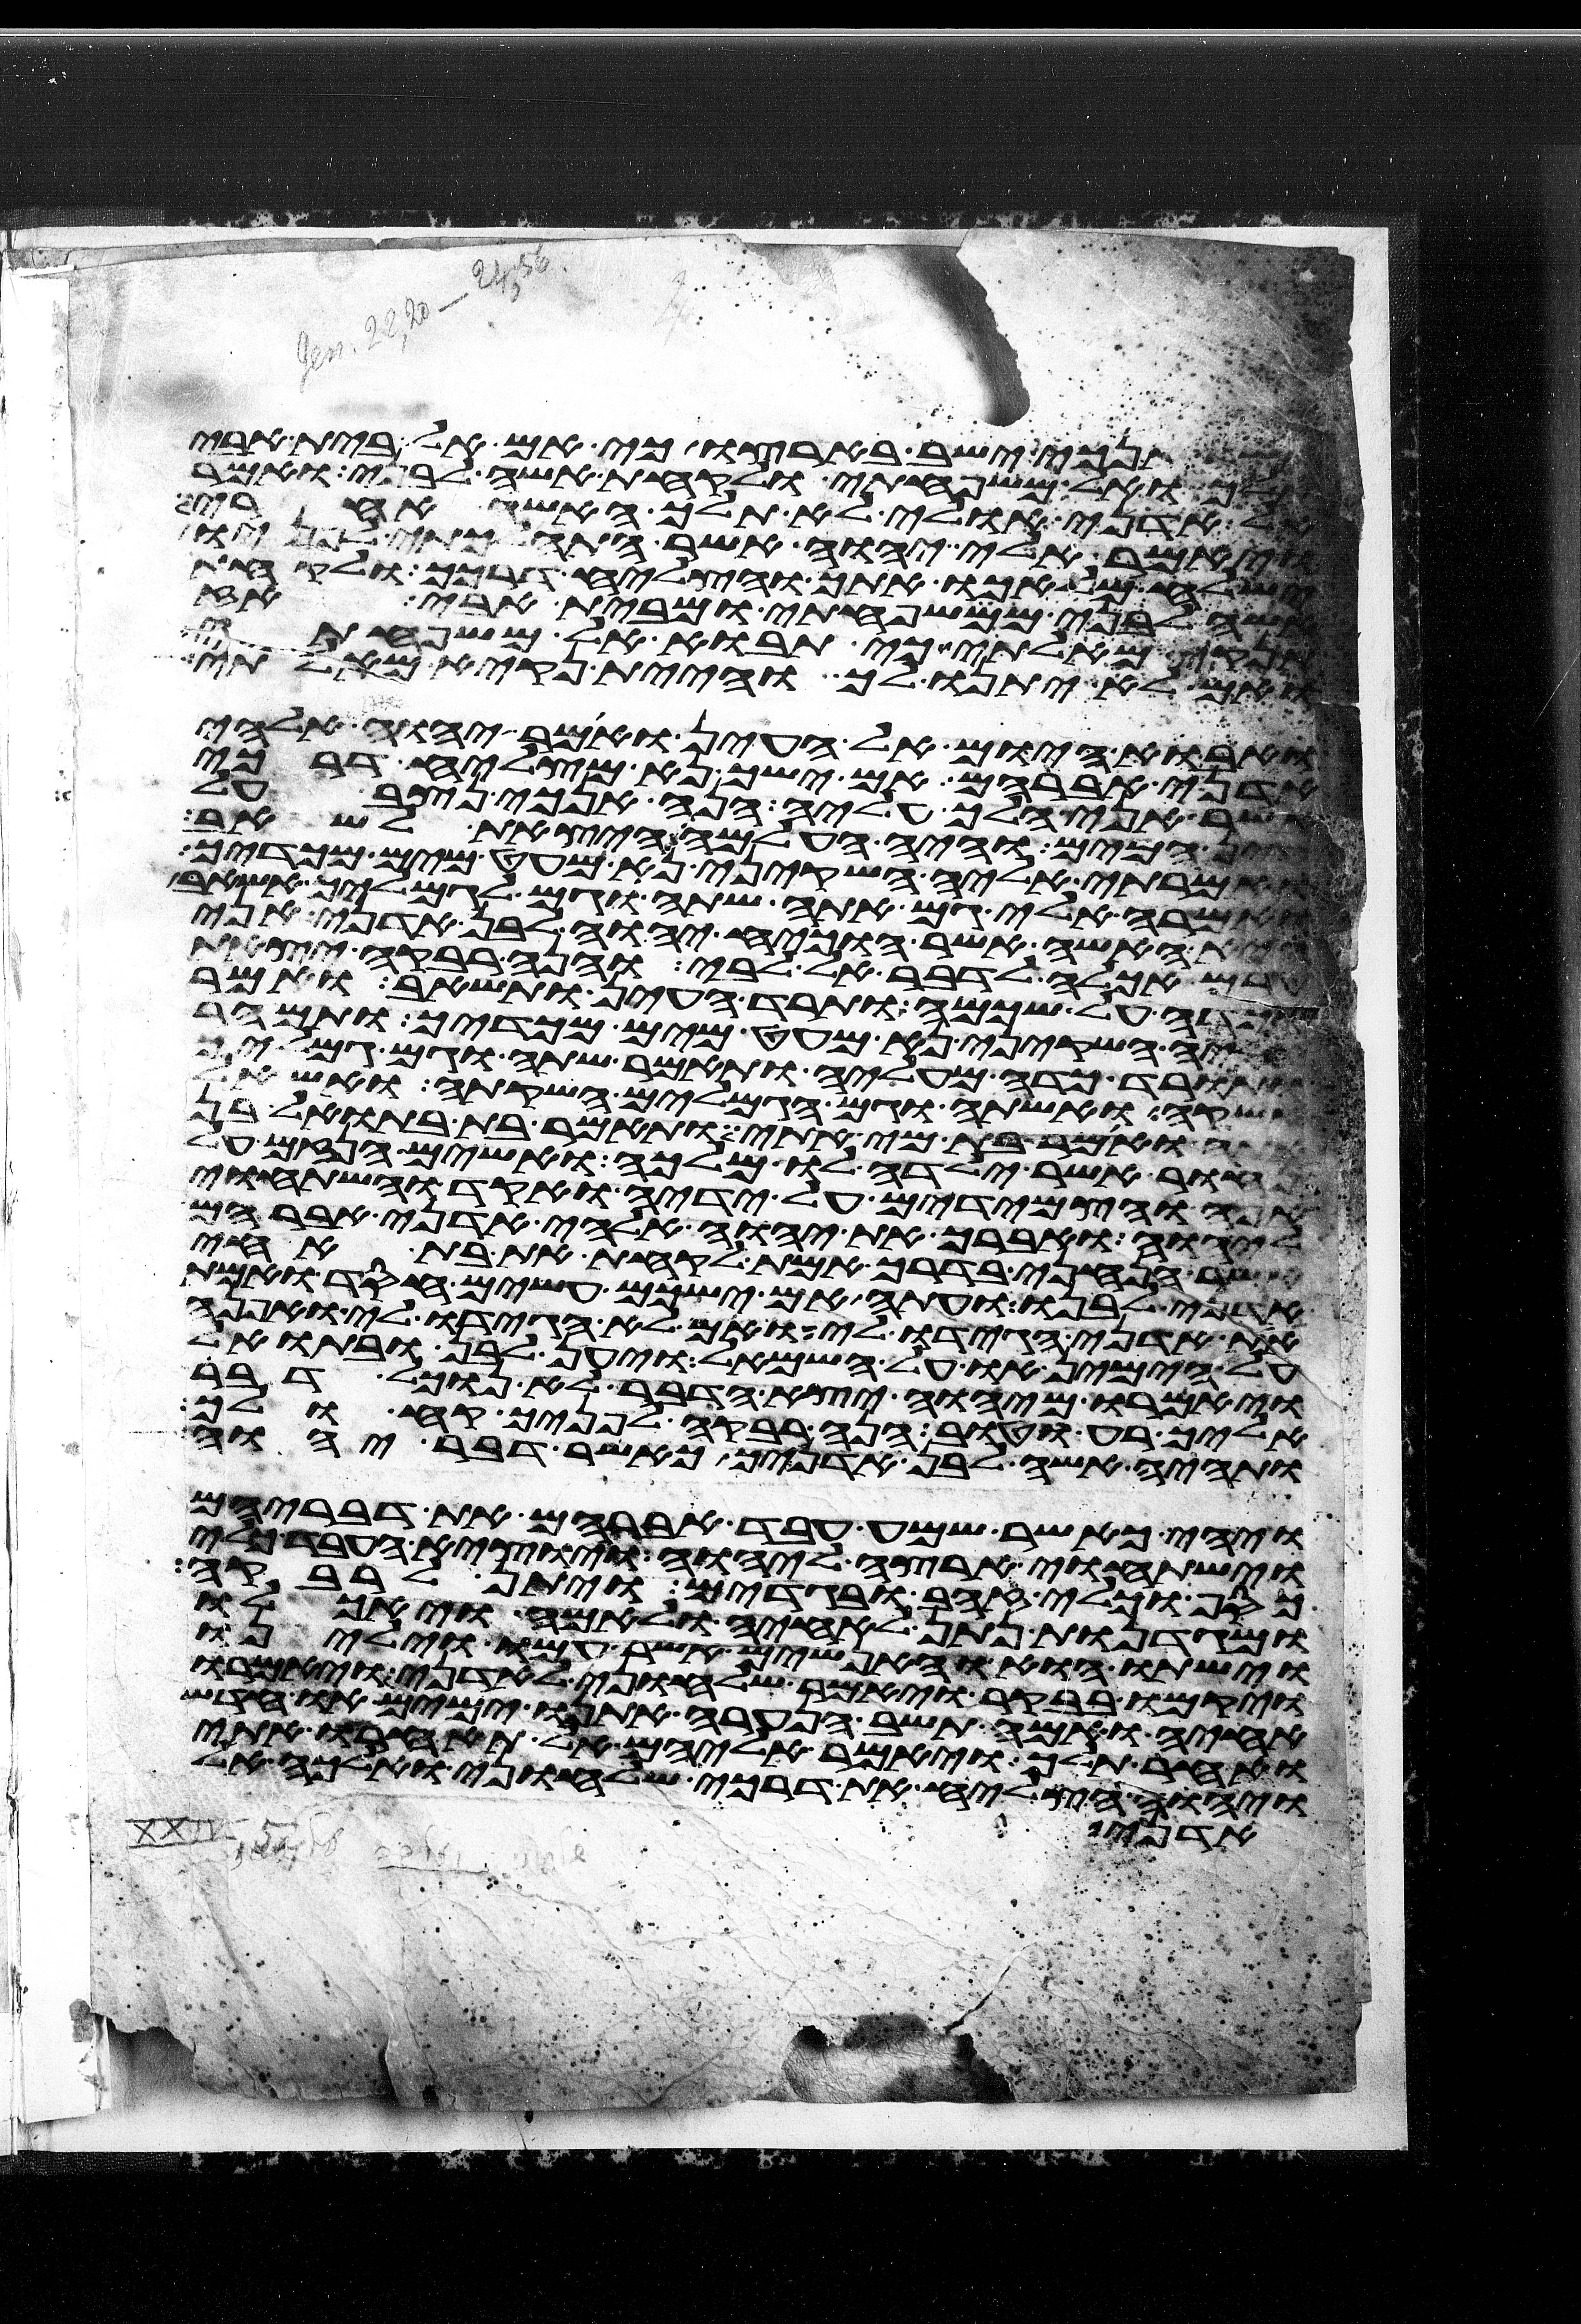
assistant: אשר אנכי ישב בארצו כי אם אל בית אבי
ואל משפחתי ולקחת אשה לבני ואמר
אל אדני אולי לא תלך האשה אחרי
ויאמר אלי יהוה אשר התהלכתי לפניו
ישלח מלאכו אתך והצליח דרכך ולקחת
אשה לבני ממשפחתי ומבית אבי אז
אז תנקיא מאלתי כי תבוא אל משפחתי
ואם לא יתנו לך והיית נקיא מאלתי
ואבוא היום אל העין ואמר יהוה אלהי
אדני אברהם אם ישך נא מצליח דרכי
אשר אני הלך עליה הנה אנכי נצב על
עין המים והיה העלמה היצאת לשאב
ואמרתי אליה השקיני נא מעט מים מכדך
ואמרה אלי גם אתה שתה וגם לגמליך אשאב
היא האשה אשר הוכיח יהוה לבן אדני אני
טרם אכלה לדבר אל לבי והנה רבקה יצאת
וכדה על שכמה ותרד העין ותשאב ואמר
אליה השקיני נא מעט מים מכדך ותמהר
ותורד כדה מעליה ותאמר שתה וגם גמליך
אשקה ואשתה וגם הגמלים השקתה ואשאל
אתה ואמר בת מי אתי ותאמר בת בתואל בן
נחור אשר ילדה לו מלכה ואשים הנזם על
אפה והצמידים על ידיה ואקד ואשתחוי
ליהוה ואברך את יהוה אלהי אדני אברהם
אשר הנחני בדרך אמת לקחת את בת אחי
אדני לבנו ועתה אם ישכם עשים חסד ואמת
את אדני הגידו לי ואם לא הגידו לי ואפנה
על הימין או על השמאל ויען לבן ובתואל
ויאמרו מיהוה יצא הדבר לא נוכל דבר
אליך רע וטוב הנה רבקה לפניך קח ולך
ותהי אשה לבן אדניך כאשר דבר יהוה
ויהי כאשר שמע עבד אברהם את דבריהם
וישתחוי ארצה ליהוה ויוצא העבד כלי
כסף וכלי זהב ובגדים ויתן לרבקה
ומגדנות נתן לאחיה ולאמה ויאכלו
וישתו הוא והאנשים אשר עמו וילינו
ויקמו בבקר ויאמר שלחוני לאדני ויאמרו
אחיה ואמה תשב הנערה אתנו ימים או חדש
ואחר תלך ויאמר אליהם אל תאחרו אתי
ויהוה הצליח את דרכי שלחוני ואלכה אל
אדני